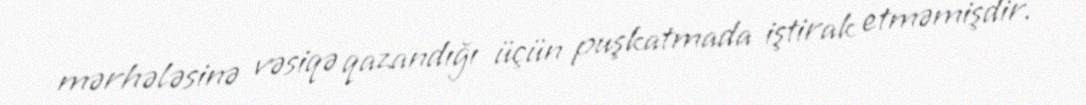
mərhələsinə vəsiqə qazandığı üçün puşkatmada iştirak etməmişdir.